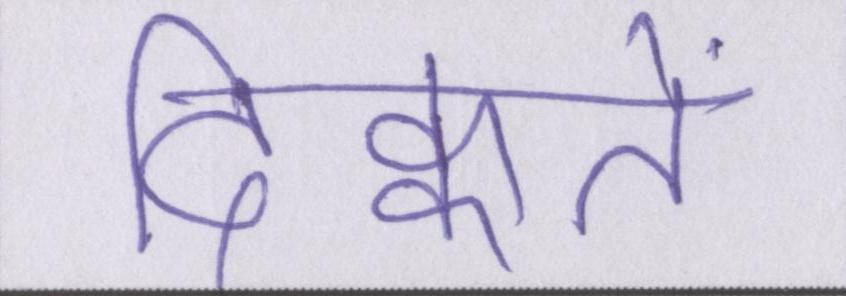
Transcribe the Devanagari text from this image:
दिक्कतें